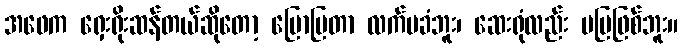
အဖေက ရှေးရိုးဆန်တယ်ဆိုတော့ ပြောပြတာ လက်မခံဘူး၊ ဆေးရုံလည်း မပြဖြစ်ဘူး။